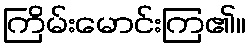
ကြိမ်းမောင်းကြ၏။